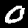
Digit: 0